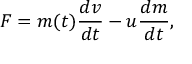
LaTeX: F = m ( t ) { \frac { d v } { d t } } - u { \frac { d m } { d t } } ,